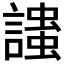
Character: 𲁷